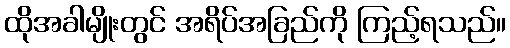
ထိုအခါမျိုးတွင် အရိပ်အခြည်ကို ကြည့်ရသည်။